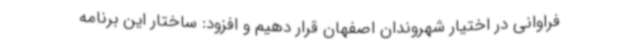
فراوانی در اختیار شهروندان اصفهان قرار دهیم و افزود: ساختار این برنامه